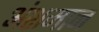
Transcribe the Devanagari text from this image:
अंशमान